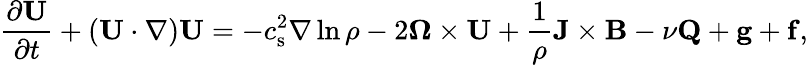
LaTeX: \frac{\partial\mathbf{U}}{\partial t}+\left(\mathbf{U}\cdot\nabla\right)\mathbf{U}=-c_{\mathrm{s}}^{2}\nabla\ln\rho-2\boldsymbol{\Omega}\times\mathbf{U}+\frac{1}{\rho}\mathbf{J}\times\mathbf{B}-\nu\mathbf{Q}+\mathbf{g}+\mathbf{f},